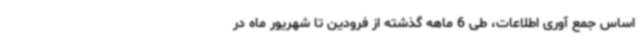
اساس جمع آوری اطلاعات، طی 6 ماهه گذشته از فرودین تا شهریور ماه در